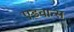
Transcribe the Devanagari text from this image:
एडवान्स